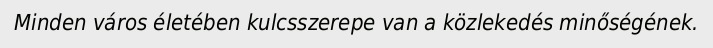
Minden város életében kulcsszerepe van a közlekedés minőségének.